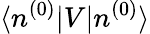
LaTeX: \langle n^{(0)}|V|n^{(0)}\rangle